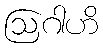
ဩဂါဟိ